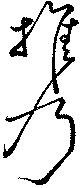
携